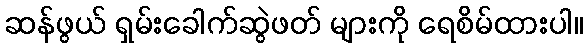
ဆန်ဖွယ် ရှမ်းခေါက်ဆွဲဖတ် များကို ရေစိမ်ထားပါ။